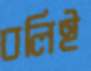
বলিই